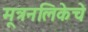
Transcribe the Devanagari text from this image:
मूत्रनलिकेचे